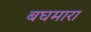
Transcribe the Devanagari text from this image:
बघमारा